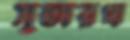
সুতারখ